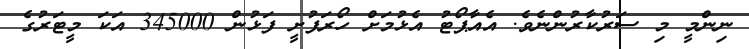
ނިންމީ މި ސަރުކާރުންނެވެ. އެއާޕޯޓު އެޅުމަށް ހޯރަފުށީ ފަޅުން 345000 އަކަ މީޓަރުގެ